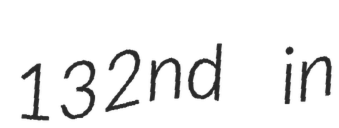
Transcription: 132nd in